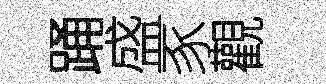
踊盛豕觀